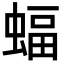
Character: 蝠